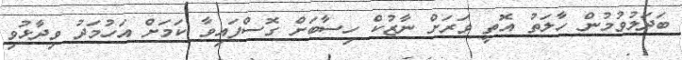
ބަދަލުވުމުން ހާލަތު އޮތީ ވަރަށް ނާޒުކް ހިސާބަށް ގޮސްފައިވާ ކަމަށް އަހުމަދު ވިދާޅުވި